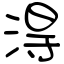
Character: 淂